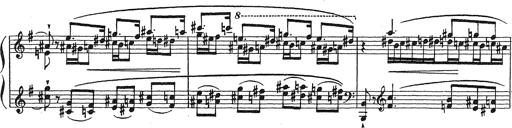
Title: Grosses Konzertsolo
Composer: Franz Liszt